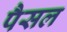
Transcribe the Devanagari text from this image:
पैसल